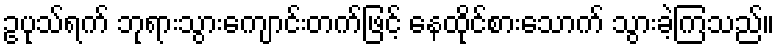
ဥပုသ်ရက် ဘုရားသွားကျောင်းတက်ဖြင့် နေထိုင်စားသောက် သွားခဲ့ကြသည်။